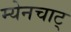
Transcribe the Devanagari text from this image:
म्येनचाट्